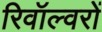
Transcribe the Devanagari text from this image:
रिवॉल्वरों